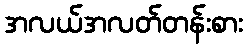
အလယ်အလတ်တန်းစား